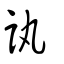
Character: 訙